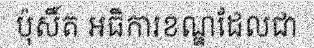
ប៉ុសិ៍ត អធិការខណ្ឌដែលជា